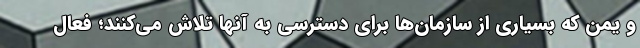
و یمن که بسیاری از سازمان‌ها برای دسترسی به آنها تلاش می‌کنند؛ فعال